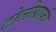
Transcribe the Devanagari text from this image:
टोलीग्राफी